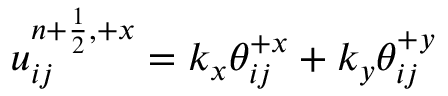
\begin{array} { r } { u _ { i j } ^ { { n + \frac { 1 } { 2 } } , + x } = k _ { x } \mathcal { \theta } _ { i j } ^ { + x } + k _ { y } \mathcal { \theta } _ { i j } ^ { + y } } \end{array}